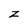
Character: z